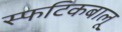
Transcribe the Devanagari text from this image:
स्फटिकबालू